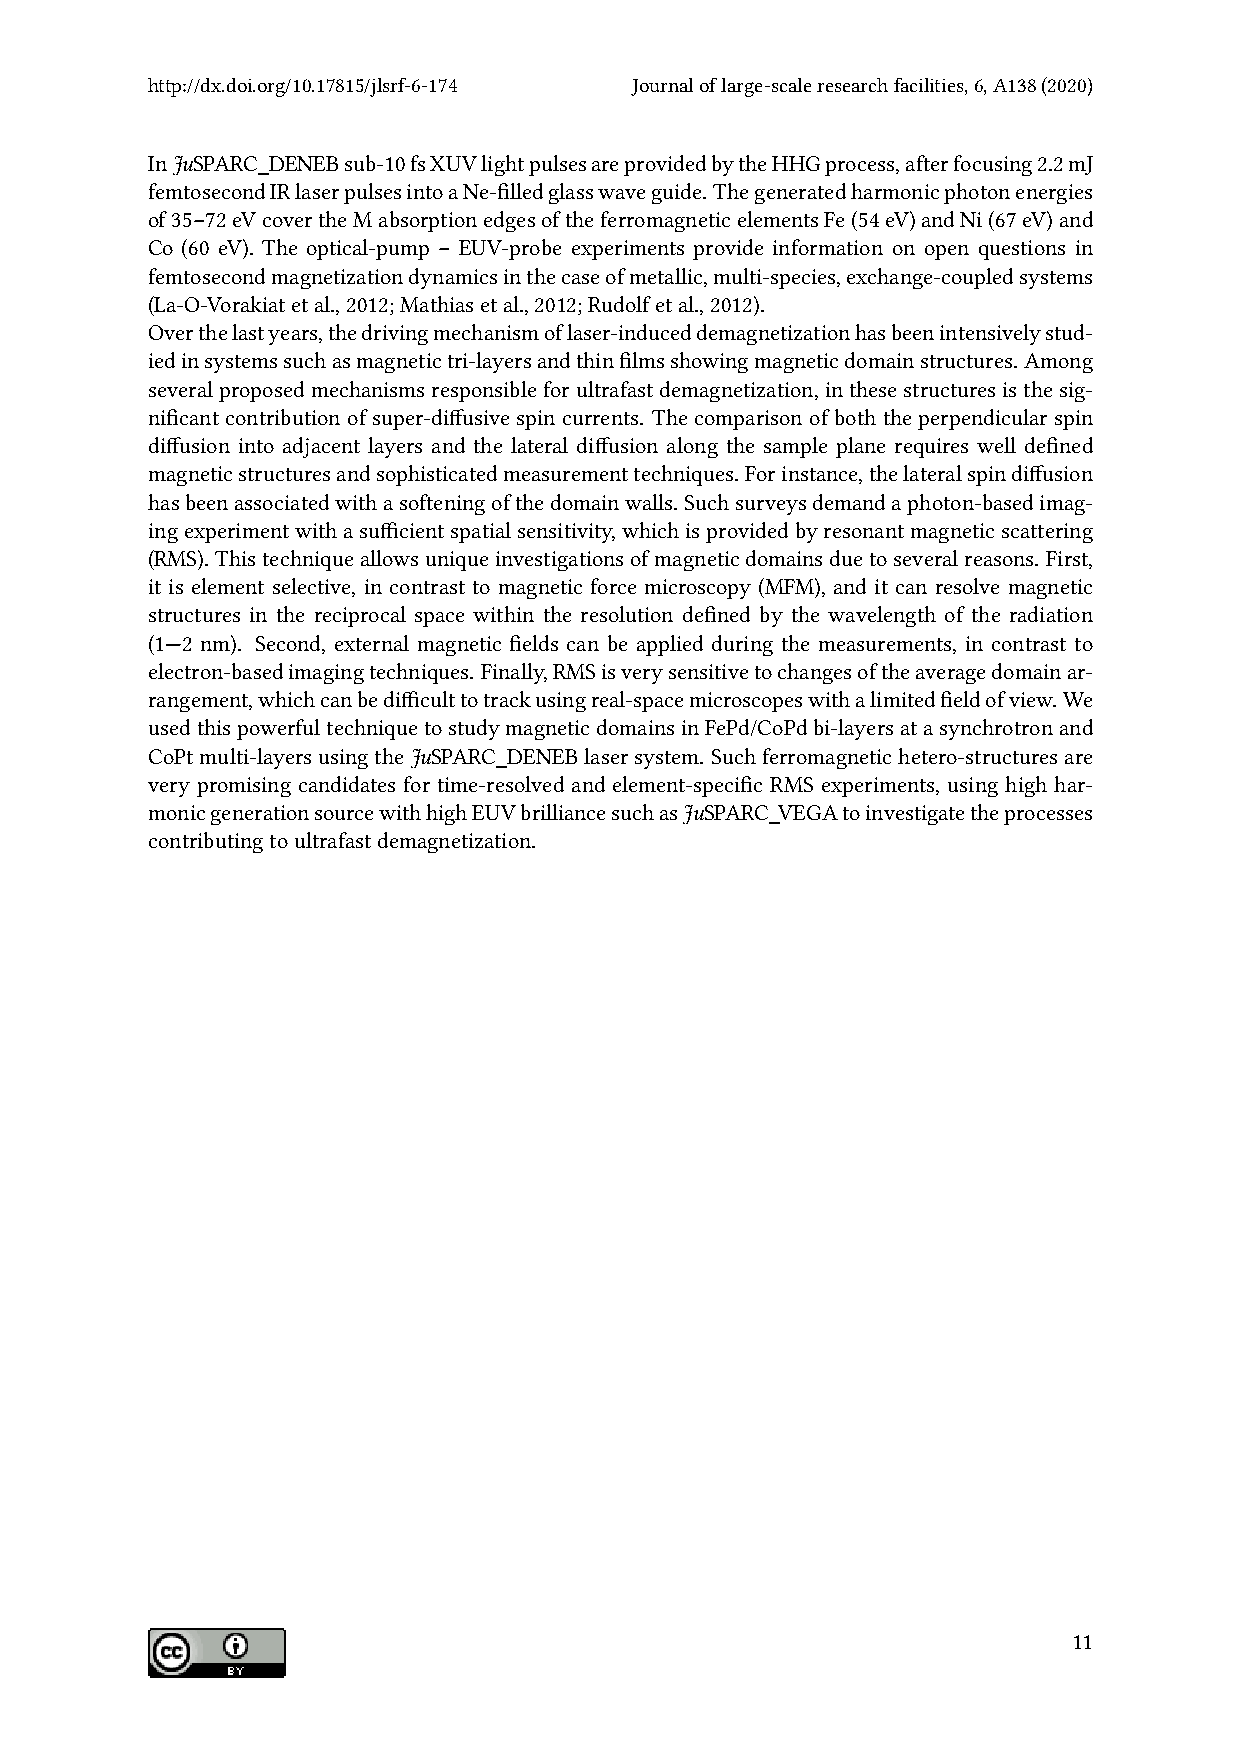
http://dx.doi.org/10.17815/jlsrf-6-174 Journaloflarge-scaleresearchfacilities,6,A138(2020)
 InJuSPARC_DENEBsub-10fsXUVlightpulsesareprovidedbytheHHGprocess,afterfocusing2.2mJ
 femtosecondIRlaserpulsesintoaNe-filledglasswaveguide. Thegeneratedharmonicphotonenergies
 of35–72eVcovertheMabsorptionedgesoftheferromagneticelementsFe(54eV)andNi(67eV)and
 Co (60 eV). The optical-pump – EUV-probe experiments provide information on open questions in
 femtosecondmagnetizationdynamicsinthecaseofmetallic,multi-species,exchange-coupledsystems
 (La-O-Vorakiatetal.,2012;Mathiasetal.,2012;Rudolfetal.,2012).
 Overthelastyears,thedrivingmechanismoflaser-induceddemagnetizationhasbeenintensivelystud-
 iedinsystemssuchasmagnetictri-layersandthinfilmsshowingmagneticdomainstructures. Among
 severalproposedmechanismsresponsibleforultrafastdemagnetization,inthesestructuresisthesig-
 nificantcontributionofsuper-diffusivespincurrents. Thecomparisonofboththeperpendicularspin
 diffusion into adjacent layers and the lateral diffusion along the sample plane requires well defined
 magneticstructuresandsophisticatedmeasurementtechniques. Forinstance,thelateralspindiffusion
 hasbeenassociatedwithasofteningofthedomainwalls. Suchsurveysdemandaphoton-basedimag-
 ingexperimentwithasufficientspatialsensitivity,whichisprovidedbyresonantmagneticscattering
 (RMS).Thistechniqueallowsuniqueinvestigationsofmagneticdomainsduetoseveralreasons. First,
 it is element selective, in contrast to magnetic force microscopy (MFM), and it can resolve magnetic
 structures in the reciprocal space within the resolution defined by the wavelength of the radiation
 (1—2 nm). Second, external magnetic fields can be applied during the measurements, in contrast to
 electron-basedimagingtechniques. Finally,RMSisverysensitivetochangesoftheaveragedomainar-
 rangement,whichcanbedifficulttotrackusingreal-spacemicroscopeswithalimitedfieldofview. We
 usedthispowerfultechniquetostudymagneticdomainsinFePd/CoPdbi-layersatasynchrotronand
 CoPtmulti-layersusingtheJuSPARC_DENEBlasersystem. Suchferromagnetichetero-structuresare
 very promising candidates for time-resolved and element-specific RMS experiments, using high har-
 monicgenerationsourcewithhighEUVbrilliancesuchasJuSPARC_VEGAtoinvestigatetheprocesses
 contributingtoultrafastdemagnetization.
 11